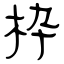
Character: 枠